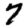
Digit: 7